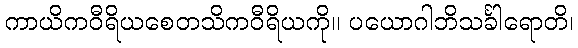
ကာယိကဝီရိယစေတသိကဝီရိယကို။ ပယောဂါဘိသင်္ခါရောတိ၊